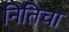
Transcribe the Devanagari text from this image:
नितिचा